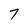
Character: 7